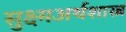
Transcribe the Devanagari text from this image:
सुक्ष्मअर्थशास्त्र